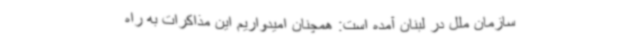
سازمان ملل در لبنان آمده است: همچنان امیدواریم این مذاکرات به راه